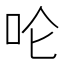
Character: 𪠵